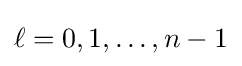
\ell =0,1,\ldots ,n-1